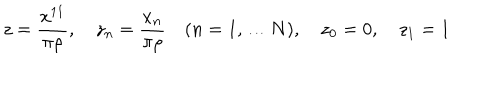
z = \frac { x ^ { 1 1 } } { \pi \rho } , \quad z _ { n } = \frac { x _ { n } } { \pi \rho } \quad ( n = 1 , \ldots N ) , \quad z _ { 0 } = 0 , \quad z _ { 1 } = 1